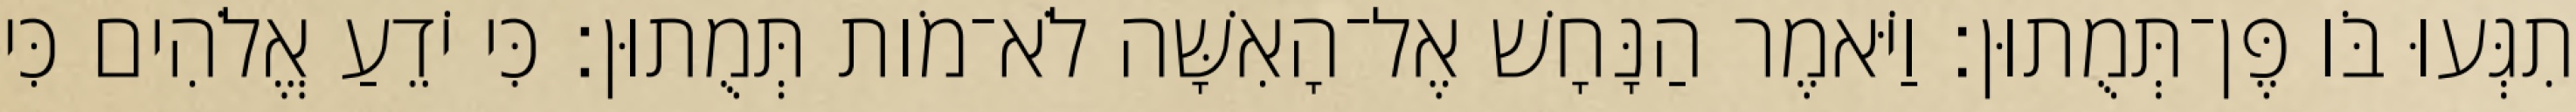
תִגְּעוּ בֹּו פֶּן־תְּמֻתוּן׃ וַיֹּאמֶר הַנָּחָשׁ אֶל־הָאִשָּׁה לֹא־מֹות תְּמֻתוּן׃ כִּי יֹדֵעַ אֱלֹהִים כִּי